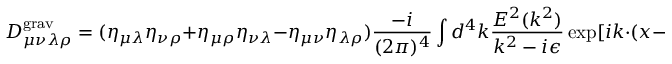
D _ { \mu \nu \lambda \rho } ^ { \mathrm { g r a v } } = ( \eta _ { \mu \lambda } \eta _ { \nu \rho } + \eta _ { \mu \rho } \eta _ { \nu \lambda } - \eta _ { \mu \nu } \eta _ { \lambda \rho } ) \frac { - i } { ( 2 \pi ) ^ { 4 } } \int d ^ { 4 } k \frac { { \cal E } ^ { 2 } ( k ^ { 2 } ) } { k ^ { 2 } - i \epsilon } \exp [ i k \cdot ( x - y ) ] ,